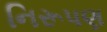
નિરૂપણ